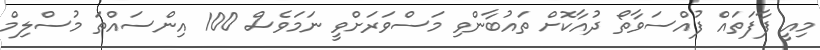
މިއީ ފާފަތައް ފުއްސަވާތޯ ދުއާކޮށް ތައުބާންވި މަސްވަރަށްވީ ނަމަވެސް 100 އިންސައްތަ މުސްލިމް